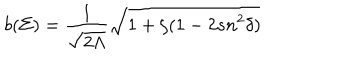
b ( \Sigma ) = \frac { 1 } { \sqrt { 2 \Lambda } } \sqrt { 1 + \zeta ( 1 - 2 s n ^ { 2 } \delta ) }